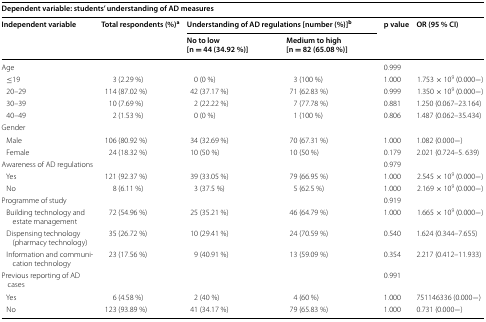
<table><thead><tr><td colspan="6"><b>Dependent variable: students’ understanding of AD measures</b></td></tr><tr><td rowspan="2"><b>Independent variable</b></td><td rowspan="2"><b>Total respondents (%)<sup>a</sup></b></td><td colspan="2"><b>Understanding of AD regulations [number (%)]<sup>b</sup></b></td><td rowspan="2"><b>p value</b></td><td rowspan="2"><b>OR (95 % CI)</b></td></tr><tr><td><b>No to low [n = 44 (34.92 %)]</b></td><td><b>Medium to high [n = 82 (65.08 %)]</b></td></tr></thead><tbody><tr><td>Age</td><td></td><td></td><td></td><td>0.999</td><td></td></tr><tr><td> ≤19</td><td>3 (2.29 %)</td><td>0 (0 %)</td><td>3 (100 %)</td><td>1.000</td><td>1.753 × 10<sup>9</sup> (0.000−)</td></tr><tr><td> 20–29</td><td>114 (87.02 %)</td><td>42 (37.17 %)</td><td>71 (62.83 %)</td><td>0.999</td><td>1.350 × 10<sup>9</sup> (0.000−)</td></tr><tr><td> 30–39</td><td>10 (7.69 %)</td><td>2 (22.22 %)</td><td>7 (77.78 %)</td><td>0.881</td><td>1.250 (0.067–23.164)</td></tr><tr><td> 40–49</td><td>2 (1.53 %)</td><td>0 (0 %)</td><td>1 (100 %)</td><td>0.806</td><td>1.487 (0.062–35.434)</td></tr><tr><td colspan="6">Gender</td></tr><tr><td> Male</td><td>106 (80.92 %)</td><td>34 (32.69 %)</td><td>70 (67.31 %)</td><td>1.000</td><td>1.082 (0.000−)</td></tr><tr><td> Female</td><td>24 (18.32 %)</td><td>10 (50 %)</td><td>10 (50 %)</td><td>0.179</td><td>2.021 (0.724–5. 639)</td></tr><tr><td>Awareness of AD regulations</td><td></td><td></td><td></td><td>0.979</td><td></td></tr><tr><td> Yes</td><td>121 (92.37 %)</td><td>39 (33.05 %)</td><td>79 (66.95 %)</td><td>1.000</td><td>2.545 × 10<sup>9</sup> (0.000−)</td></tr><tr><td> No</td><td>8 (6.11 %)</td><td>3 (37.5 %)</td><td>5 (62.5 %)</td><td>1.000</td><td>2.169 × 10<sup>9</sup> (0.000−)</td></tr><tr><td>Programme of study</td><td></td><td></td><td></td><td>0.919</td><td></td></tr><tr><td> Building technology and estate management</td><td>72 (54.96 %)</td><td>25 (35.21 %)</td><td>46 (64.79 %)</td><td>1.000</td><td>1.665 × 10<sup>9</sup> (0.000−)</td></tr><tr><td> Dispensing technology (pharmacy technology)</td><td>35 (26.72 %)</td><td>10 (29.41 %)</td><td>24 (70.59 %)</td><td>0.540</td><td>1.624 (0.344–7.655)</td></tr><tr><td> Information and communication technology</td><td>23 (17.56 %)</td><td>9 (40.91 %)</td><td>13 (59.09 %)</td><td>0.354</td><td>2.217 (0.412–11.933)</td></tr><tr><td>Previous reporting of AD cases</td><td></td><td></td><td></td><td>0.991</td><td></td></tr><tr><td> Yes</td><td>6 (4.58 %)</td><td>2 (40 %)</td><td>4 (60 %)</td><td>1.000</td><td>751146336 (0.000−)</td></tr><tr><td> No</td><td>123 (93.89 %)</td><td>41 (34.17 %)</td><td>79 (65.83 %)</td><td>1.000</td><td>0.731 (0.000−)</td></tr></tbody></table>